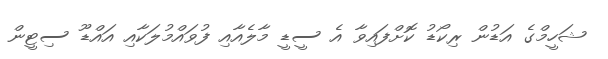
ޝަހީމްގެ އަޑުން ރިކޯޑު ކޮށްފައިވާ އެ ސީޑީ މާލެއާއި ފުވައްމުލަކާއި އައްޑޫ ސިޓީން